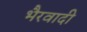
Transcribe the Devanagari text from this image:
भैरवादी